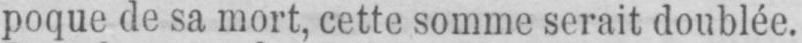
poque de sa mort, cette somme serait doublée.